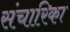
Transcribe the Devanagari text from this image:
संचारिका